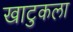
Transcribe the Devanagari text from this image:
खाटुकला